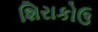
શિરાકોઉ